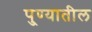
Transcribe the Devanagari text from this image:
पु्ण्यातील